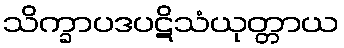
သိက္ခာပဒပဋိသံယုတ္တာယ